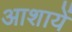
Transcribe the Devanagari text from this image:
आशायें